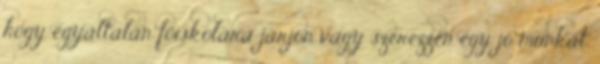
hogy egyáltalán főiskolára járjon vagy szerezzen egy jó munkát.